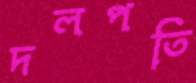
দলপতি